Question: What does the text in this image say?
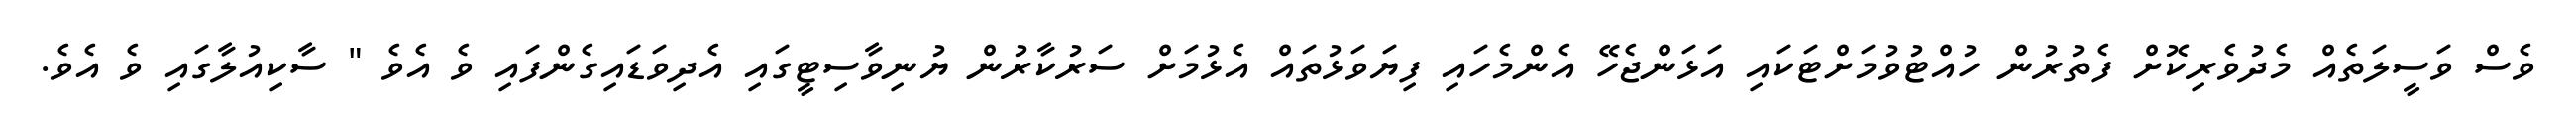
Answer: ވެސް ވަސީލަތެއް މެދުވެރިކޮށް ފެތުރުން ހުއްޓުވުމަށްޓަކައި އަޅަންޖެހޭ އެންމެހައި ފިޔަވަޅުތައް އެޅުމަށް ސަރުކާރުން ޔުނިވާސިޓީގައި އެދިވަޑައިގެންފައި ވެ އެވެ " ސާކިއުލާގައި ވެ އެވެ.